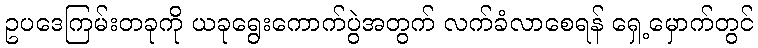
ဥပဒေကြမ်းတခုကို ယခုရွေးကောက်ပွဲအတွက် လက်ခံလာစေရန် ရှေ့မှောက်တွင်